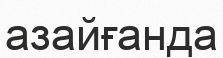
азайғанда